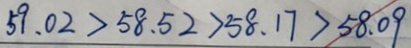
5 9 . 0 2 > 5 8 . 5 2 > 5 8 . 1 7 > 5 8 . 0 9